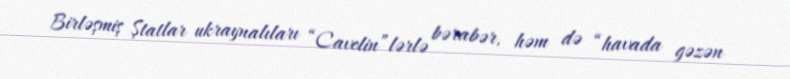
Birləşmiş Ştatlar ukraynalıları “Cavelin”lərlə bərabər, həm də “havada gəzən